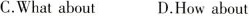
C.What about D.How about